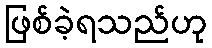
ဖြစ်ခဲ့ရသည်ဟု